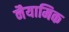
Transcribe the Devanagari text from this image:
नैयामिक